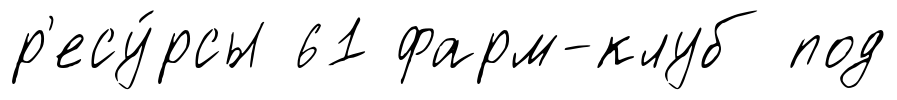
р'есу́рсы 61 фарм-клуб под